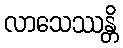
လာသေဿန္တိ